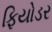
ફિયોડર